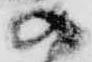
の